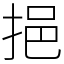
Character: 挹